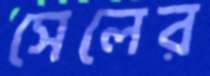
সেলের